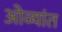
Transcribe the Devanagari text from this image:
ओव्यांत